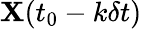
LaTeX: {\mathbf X}(t_{0}-k\delta t)